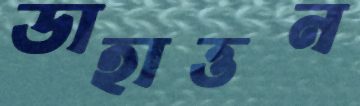
ডাহাত্তন